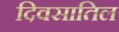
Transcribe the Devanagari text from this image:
दिवसातिल